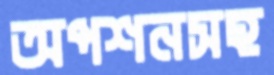
অপশনসহ